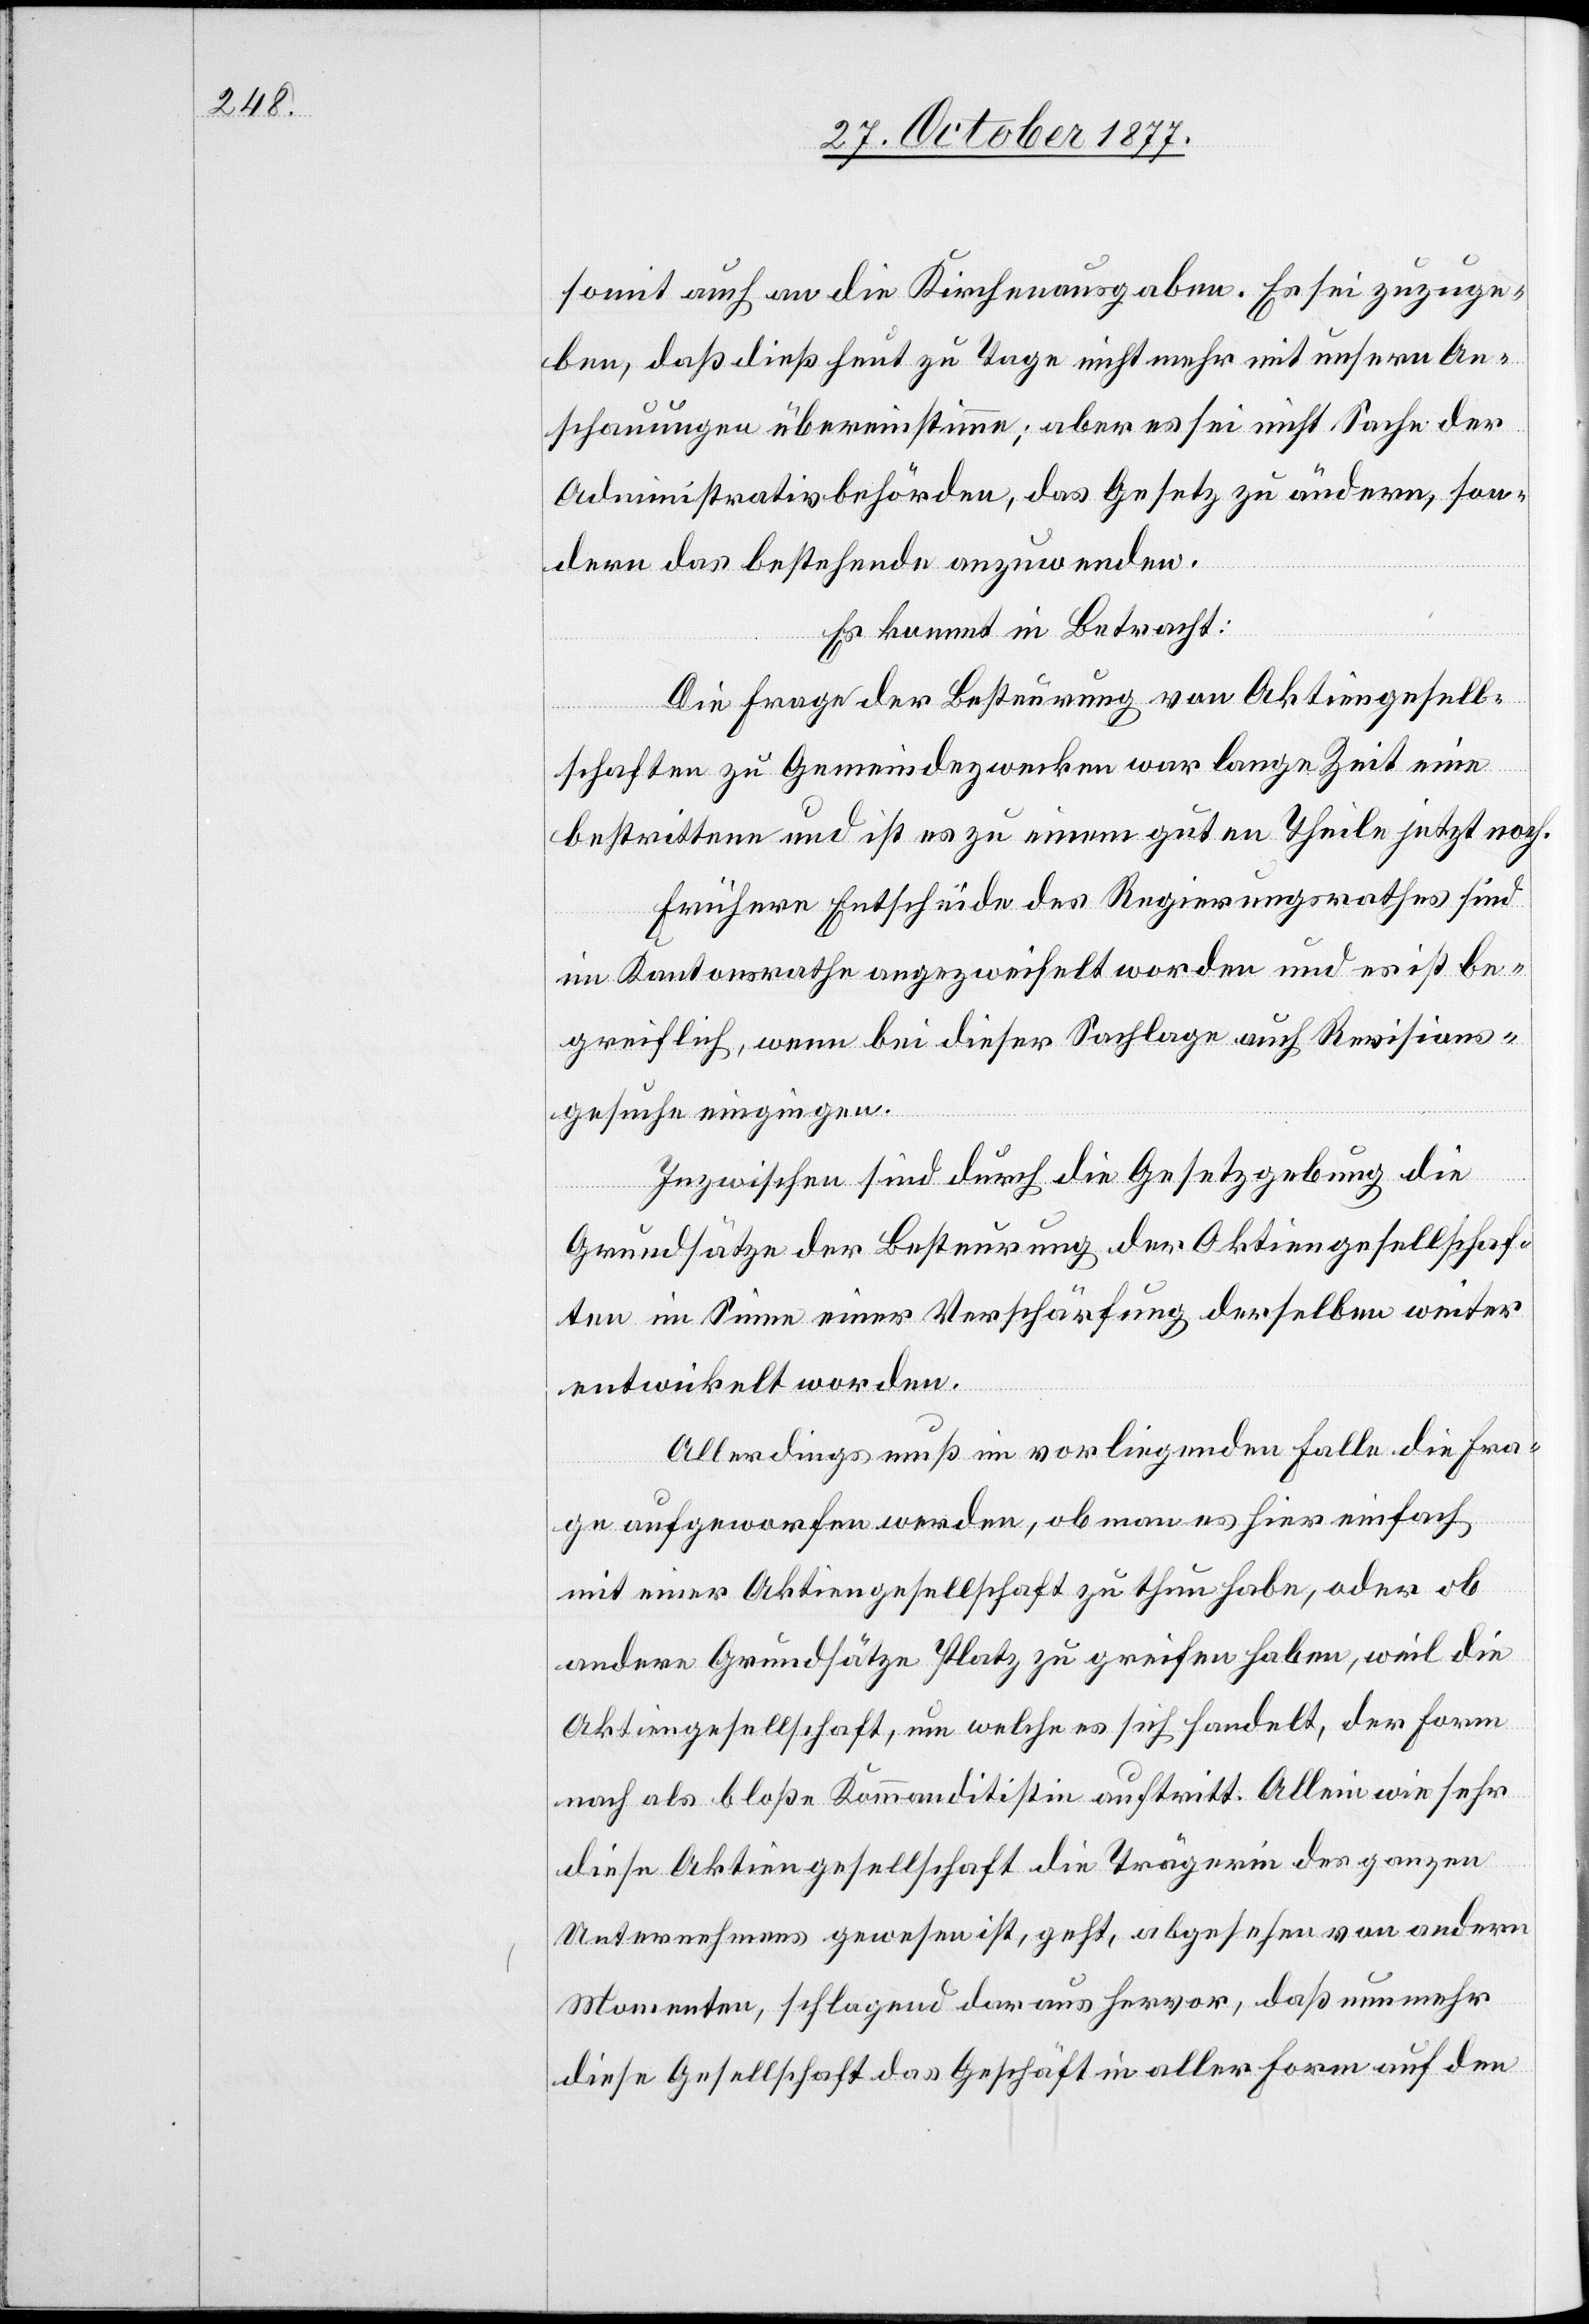
somit auch an die Kirchenausgaben. Es sei zuzuge¬
ben, daß dieß heut zu Tage nicht mehr mit unsern An¬
schauungen übereinstimme; aber es sei nicht Sache der
Administrativbehörden, das Gesetz zu ändern, son¬
dern das bestehende anzuwenden.
Es kommt in Betracht:
Die Frage der Besteurung von Aktiengesell¬
schaften zu Gemeindezwecken war lange Zeit eine
bestrittene und ist es zu einem guten Theile jetzt noch.
Frühere Entscheide des Regierungsrathes sind
im Kantonsrathe angezweifelt worden und es ist be¬
greiflich, wenn bei dieser Sachlage auch Revisions¬
gesuche eingingen.
Inzwischen sind durch die Gesetzgebung die
Grundsätze der Besteurung der Aktiengesellschaf¬
ten im Sinne einer Verschärfung derselben weiter
entwickelt worden.
Allerdings muß im vorliegenden Falle die Fra¬
ge aufgeworfen werden, ob man es hier einfach
mit einer Aktiengesellschaft zu thun habe, oder ob
andere Grundsätze Platz zu greifen haben, weil die
Aktiengesellschaft, um welche es sich handelt, der Form
nach als bloße Kommanditistin auftritt. Allein wie sehr
diese Aktiengesellschaft die Trägerin des ganzen
Unternehmens gewesen ist, geht, abgesehen von andern
Momenten, schlagend daraus hervor, daß nunmehr
diese Gesellschaft das Geschäft in aller Form auf den